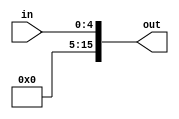
module zero_ext_5_16(out, in);

output [15:0] out;
input [4:0] in;

assign out = {11'b0, in[4:0]};

endmodule